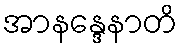
အာနန္ဒေနာတိ